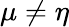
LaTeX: \mu\neq\eta